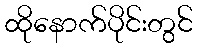
ထိုနောက်ပိုင်းတွင်